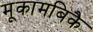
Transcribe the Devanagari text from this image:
मूकामबिकै